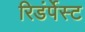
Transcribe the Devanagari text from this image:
रिडंर्पेस्ट